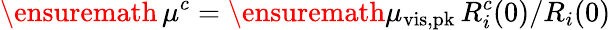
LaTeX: \ensuremath{\, \mu^{c}}=\ensuremath{\mu_{\mathrm{vis,pk}}}\, R_{i}^{c}(0)/R_{i}(0)